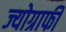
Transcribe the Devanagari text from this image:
ज्योग्राफी